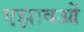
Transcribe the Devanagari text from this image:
एझावओं